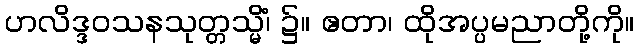
ဟလိဒ္ဒဝသနသုတ္တသ္မိံ၊ ၌။ ဧတာ၊ ထိုအပ္ပမညာတို့ကို။